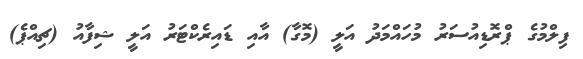
ފިލްމުގެ ޕްރޮޑިއުސަރު މުހައްމަދު އަލީ (މޮގާ) އާއި ޑައިރެކްޓަރު އަލީ ޝިފާއު (ޗިއްޕެ)